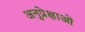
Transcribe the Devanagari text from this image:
अनुप्रेक्षाओं